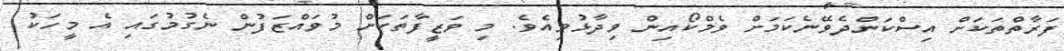
ފަރާތްތަކަށް އިސްކަންދެވޭނެކަމަށް ވެމްކޯއިން ވިދާޅުވިއެވެ. މި ވަޒީފާތަކަށް މުވައްޒަފުން ނެގުމުގައި އެ މީހަކު